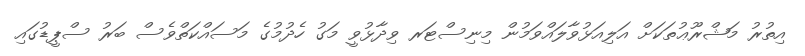
އިތުރު މަޝްރޫޢުތަކަށް އަލިއަޅުވާލައްވަމުން މިނިސްޓަރ ވިދާޅުވީ މަގު ހެދުމުގެ މަސައްކަތްވެސް ބަރު ސްޕީޑުގައި